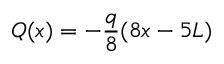
Q ( x ) = - { \frac { q } { 8 } } ( 8 x - 5 L )